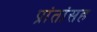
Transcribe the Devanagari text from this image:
प्रांतांसह